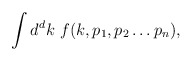
\begin{align*}\int d^{d}k\ f(k,p_{1},p_{2}\ldots p_{n}),\end{align*}